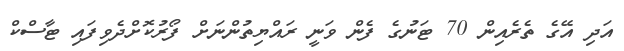
އަދި އޭގެ ތެރެއިން 70 ޓަނުގެ ފެން ވަނީ ރައްޔިތުންނަށް ފޯރުކޮށްދެވިފައި ޓާސްކް